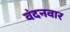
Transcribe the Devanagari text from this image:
वंदनवार